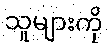
သူများကို